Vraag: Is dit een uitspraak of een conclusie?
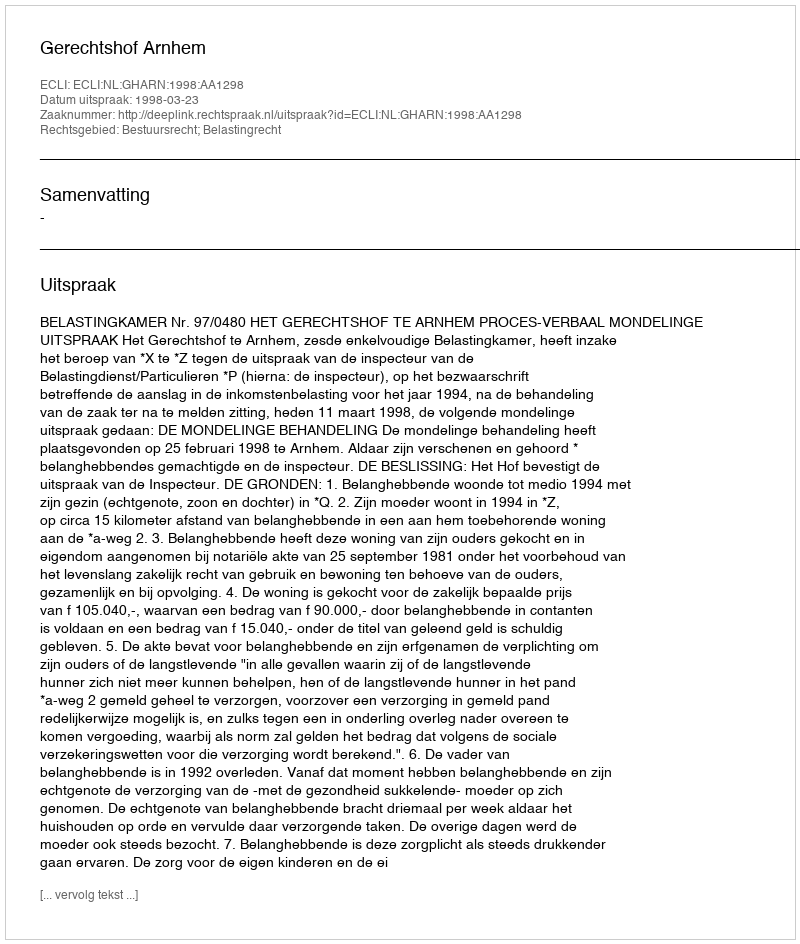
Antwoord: Uitspraak